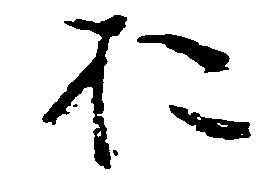
於